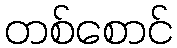
တစ်စောင်